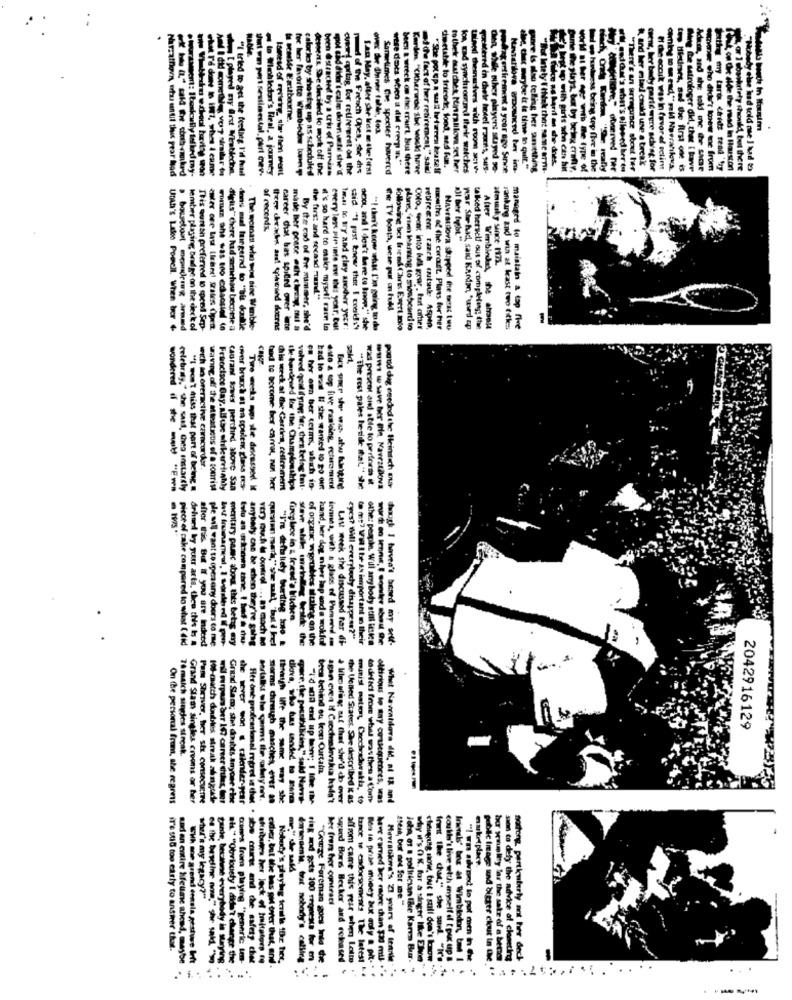
Hable.
urologe
on the Unner tulle, toa
Ma booth in Hausim
adde fact of her retiremcal," s
· hament: Ibasically talked my-
Uut win pert sestimestal, pari mev.
Ismesd of eritring, she then ment
for her favorite Wimblede bnp
demente. She decided to work off the
spol tid didn't calm downmti she'd
med d the French Opes, she des
tan May, after she lest m the first
Sometimes the specter hovered
wese docs sico a dil eremp "i"
been a wreck on the murt. but there
"She pot up a sull between keaself
de etable to friends, food, nes fin.
to their dutchet kunratilova set.her
ton, rad synchromumed Iherir watches
ulned theserives with room actv
gocitered in thete hotel rooms, suls-
den, while other players stayed se-
Podagerfirement a year ago Since
Muntarilova erbounced ter ins-
thee, that maybe it is time to quit."
o Cre alde the read in Houston
I coachdiety should, but there
Narrathorn, whas until this pear bad
Prd done to INT, what i came
At I did comethe very similar to
I played my Arst Wirablede.
"I tried to get the feeling I'd had
to Wiebledon's Heal, a journey
calorko by showing upp as scheduled
bien @strached by a tri of Parmaias
Karden "KKherwbe she wock have
of records.
"JI ber tyby."
atously Since 1175.
the first and socand ruud"*
Cie Ty Booth, wese put on hull
Unah's Lake Powell, When Ier +
lember playing; bradlge on the deck of
This euran preferred to spend Sep-
digits" chere had somehou become a
dons miel turgerad to "Bis double
The woman who) wond sine Wenble-
career csat bas spiled over lete
made her poare och chedry, oul a
By the cod of fre muammer, she'd
#'s so hard to make myself race la
every less Pir inte eve this year, Con
Iman br ary and clay anoder year:
said ""I past knew thet I cnakdi"
ocd, and I des't here to know," she
"I thon't koow what I'm going to do
following ber friend Chins Evert mio
glans,'rim leaming to sionboard to
Colo, secat into bull gear , tert after
retirement czach mutsnike Aspen,
mouthes & the coratt. Plans for her
Navratdova shipped the next tuu
war Str had, said Kardm, "wird cp
talked herself out of completing the
Atter Wimbine), the atrell
vannkung and win at least two files
managed to maintain a tap five
ech an oreractive camcorder
celebrity," she sast, Creo instarely
"I Pot miss that part of being
waving off the atraticos of a sonrisa
Francisco Bay. all che stik arrivahly
caorant Sowes perched above Saa
over bruch at an coulerx glass res-
hod to become het carrot, nul her
this week at the Garden, reflormert
the -hardened for the Championships
volved qual fying fer, chez being tnt-
es her om ber term, shah in-
bad lo was I! she wanted 10 29 OR
esto a top five ramiding, rcherement
"The rest pales beside that." she
was present and able to performs il
www wsave tier ein, Maveztiova
pouud dag ceeded the Heintech ma
very much il ountrel ...
fireplace in & freud's kitchen
piece of cake compared to what I did
drhard by your arts, thee this b &
mentary pasc about this bets ery
anybody can be when they're sahg
"I'm deftaliety budtag .no .
of organic wprobles aluling on the
Last week she discussed tar di-
eyes? Will everybody disappear?"
( mp? Vill Its As important in their
othe: people Will arry body still itsken
daxigh I haven't besed my self-
efter Fis. But If you are indeed
ple will want to opensony doors to me
of ... as moch ad
ng an the
hand, her dog nher lap and a wokfol
2042916129
70match singles streak.
beca behind ou Iron Curtainz.
On the personal frem, she regress
Grand Slam singles crooms or her
Pam Shriver, her str. consecutre
101-catch doubles streak alingude
Grand Slam; she doubts anyone eine
Storms through masches, ever an
pore. the possibilicin," said Navrt-
agan even If Crocivelerskia hadn't
& libresufiag aut Chat she'd do over
the Uelled Statet. She described it as
mais mato; Crochedoratia, to
to defici from what was then a Com-
Attrious to stay consequences, was
Whet Naventdove did, al 18 and
wil mrpensaer 197 career dues, tar
the wever won & calender-pest
- - - -
marketplace
aa to defy the
wher's my kgscy?"
her fren hver contrael
steak, but not for me"
ire sud too early to answer that.
nad an entire Sifeline ahead, maybe
gante, becinne everybody is staying
sh." "Obviously I didn't change the
Comes from playing "generic tmn-
Hier one professional regret in thet . sbe course and the safety chet
thisitutes her lack of Imitatorp ff
either, but the bas gul errer that, and .
Noberty's pisyleg ieralle 10c her,
ring and gets 100 requests for e
"Course Fereman goes Into de
sigurd Boris Becker and released
have earned ber more than $3d mil-
Mevratikna's Z7 years of tennile
iota of a politician lace Karen Buur-
why it's OK. for a singer like Elve'
frant the chas," she said. "it's .
coutts't live with myself if [ pix up B
friends' box at Wimbledon, bm 1
"I was advised lo pot men in Che
bour guilty far the sale of a bend
sion to defy the advice of cloneting
nodong, particularly mot her deck-
deck
Amamamia, trat nobody's calling
. .
alfrom came this rest when Latte
tance we endorsements The latest
Bon is prise money but aufy a pit. .
gibile Image and bitter clouut In Che 1
..... ....